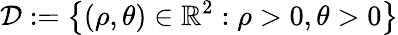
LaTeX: \mathcal{D}:=\left\lbrace(\rho,\theta)\in\mathbb{R}^{2}:\rho>0,\theta>0\right\rbrace